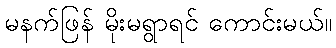
မနက်ဖြန် မိုးမရွာရင် ကောင်းမယ်။